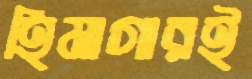
হিমাগারই